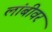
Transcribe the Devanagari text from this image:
लांबीवर